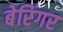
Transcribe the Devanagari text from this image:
बेरिंगर